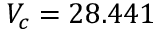
V _ { c } = 2 8 . 4 4 1